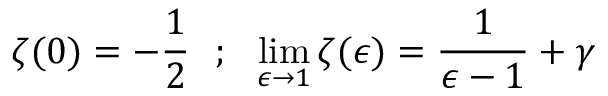
\zeta ( 0 ) = - \frac { 1 } { 2 } ~ ~ ; ~ ~ \operatorname * { l i m } _ { \epsilon \rightarrow 1 } \zeta ( \epsilon ) = \frac { 1 } { \epsilon - 1 } + \gamma